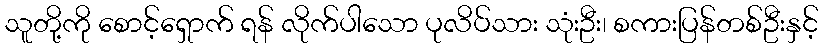
သူတို့ကို စောင့်ရှောက် ရန် လိုက်ပါသော ပုလိပ်သား သုံးဦး၊ စကားပြန်တစ်ဦးနှင့်